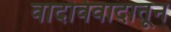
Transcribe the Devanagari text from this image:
वादविवादातून